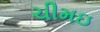
ચીમઇ